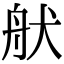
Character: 𦨚